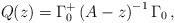
LaTeX: \begin{align*}Q(z)=\Gamma_{0}^{+}\left( A-z \right)^{-1}\Gamma_{0}\mathrm{\thinspace },\end{align*}